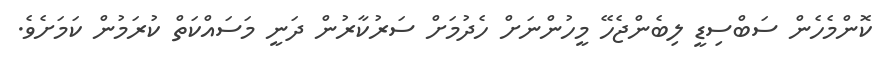
ކޮންމެހެން ސަބްސިޑީ ލިބެންޖެހޭ މީހުންނަށް ހެދުމަށް ސަރުކާރުން ދަނީ މަސައްކަތް ކުރަމުން ކަމަށެވެ.